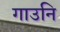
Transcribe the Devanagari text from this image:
गाउनि